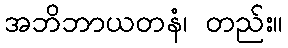
အဘိဘာယတနံ၊ တည်း။